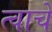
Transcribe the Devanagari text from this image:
त्वाचे